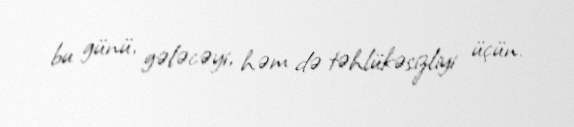
bu günü, gələcəyi, həm də təhlükəsizliyi üçün.